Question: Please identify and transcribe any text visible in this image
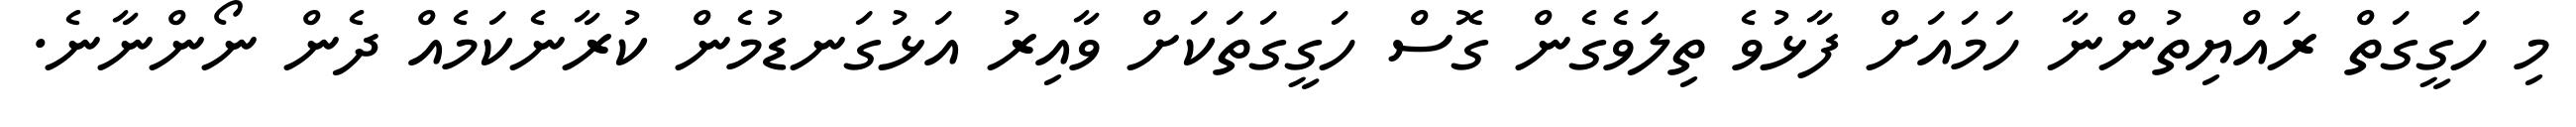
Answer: މި ހަގީގަތް ރައްޔިތުންނާ ހަމައަށް ފާޅުވެ ތިލަވެގެން ގޮސް ހަގީގަތަކަށް ވާއިރު އަޅުގަނޑުމެން ކުރާނެކަމެއް ދެން ނޯންނާނެ.